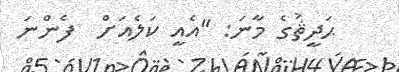
ޙަދީޘުގެ މާނަ: ''އެއީ ކަލެއަށް  ފެންނަ